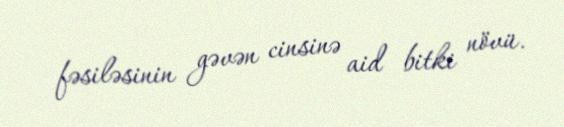
fəsiləsinin gəvən cinsinə aid bitki növü.